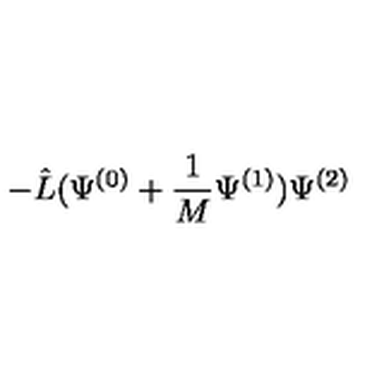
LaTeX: - \hat { L } ( \Psi ^ { ( 0 ) } + \frac { 1 } { M } \Psi ^ { ( 1 ) } ) \Psi ^ { ( 2 ) }